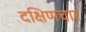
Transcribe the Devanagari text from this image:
दक्षिणचार